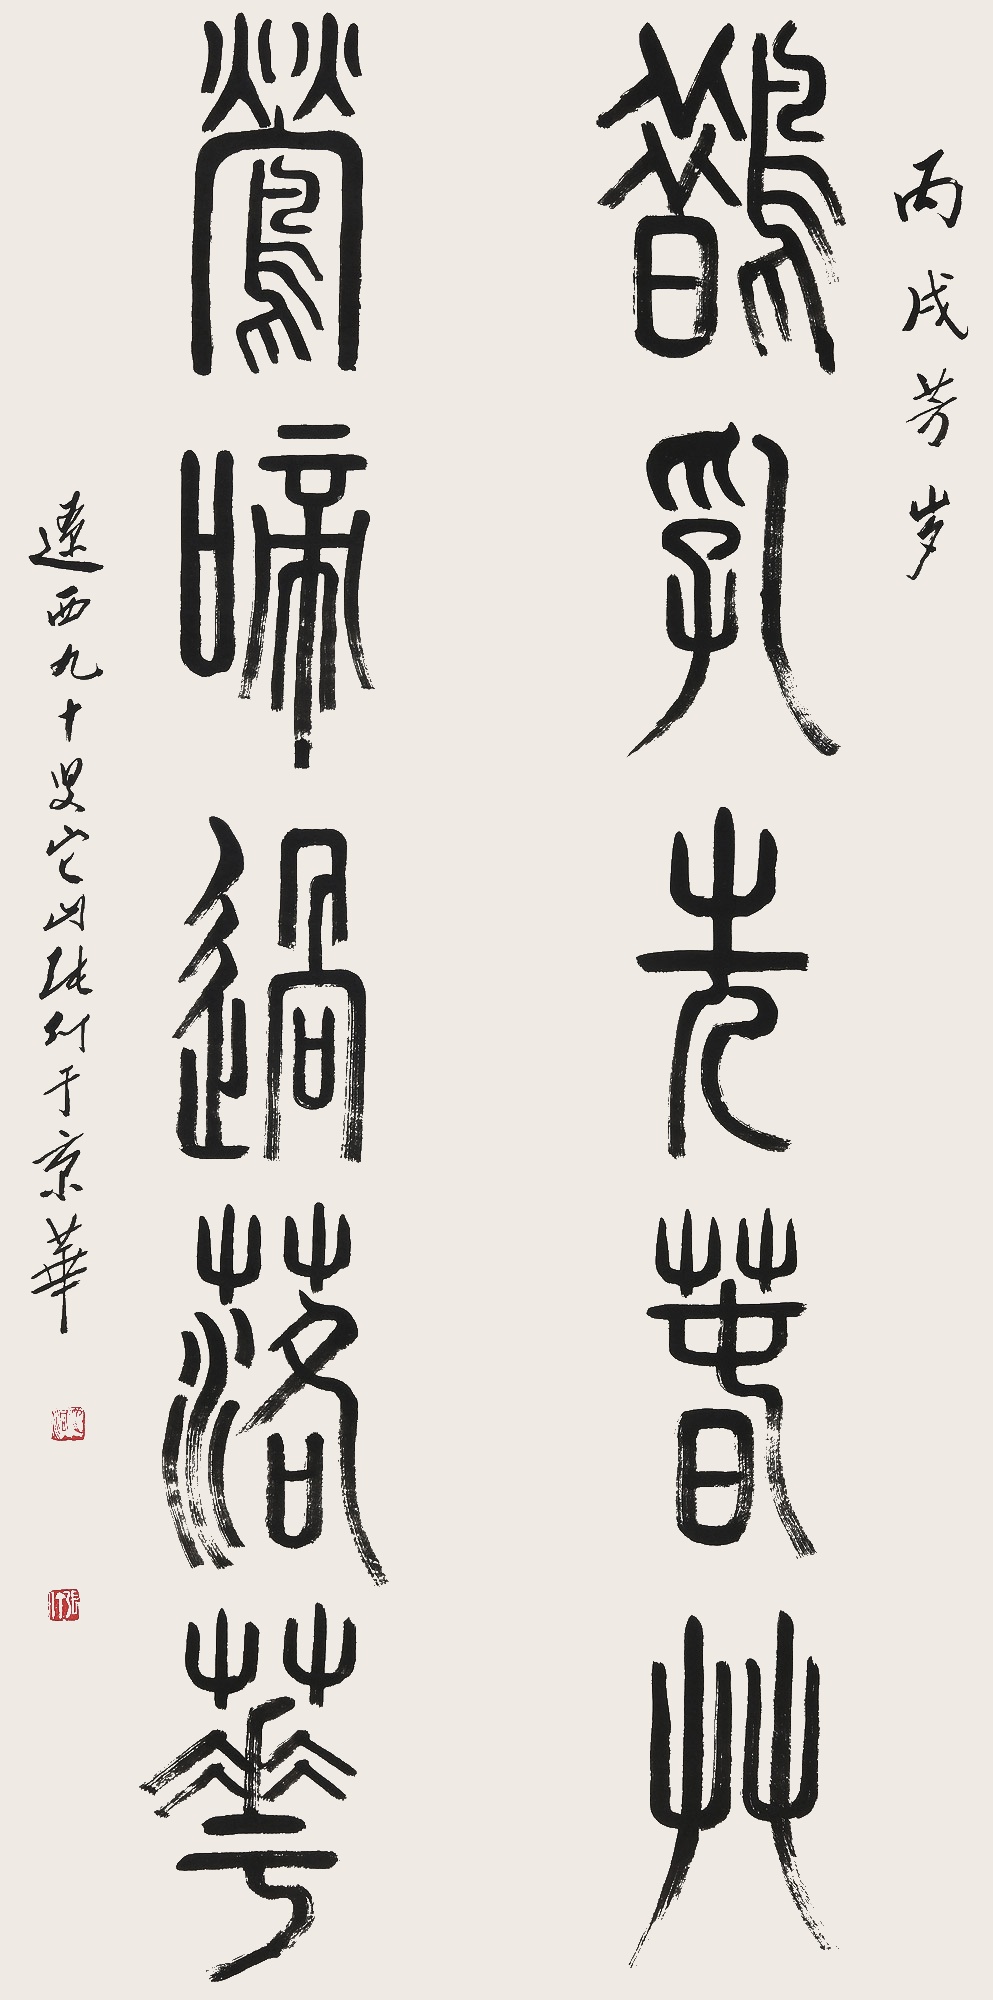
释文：鹊乳先春草，莺啼过落花。丙戌芳岁，辽西九十叟它山张仃于京华。